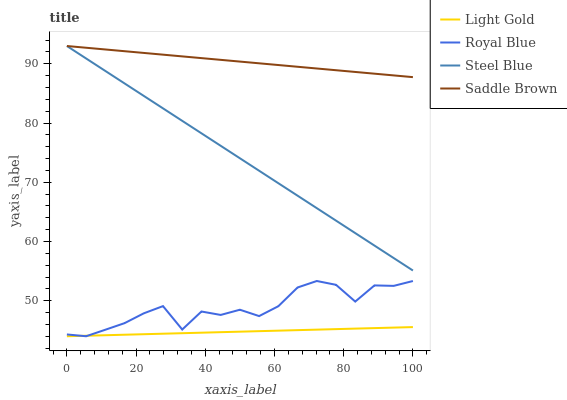
| xaxis_label | Light Gold | Royal Blue | Steel Blue | Saddle Brown |
 | --- | --- | --- | --- | --- |
 | 0 | 44 | 44.3 | 93 | 93 |
 | 5.56 | 44.1 | 44 | 90.9 | 92.7 |
 | 11.1 | 44.2 | 45.1 | 88.8 | 92.4 |
 | 16.7 | 44.3 | 46.2 | 86.7 | 92.1 |
 | 22.2 | 44.3 | 47.9 | 84.6 | 91.8 |
 | 27.8 | 44.4 | 49.1 | 82.5 | 91.5 |
 | 33.3 | 44.5 | 45.1 | 80.4 | 91.2 |
 | 38.9 | 44.6 | 48.2 | 78.3 | 91 |
 | 44.4 | 44.7 | 47.6 | 76.2 | 90.7 |
 | 50 | 44.8 | 48.5 | 74 | 90.4 |
 | 55.6 | 44.9 | 47.4 | 71.9 | 90.1 |
 | 61.1 | 44.9 | 49.1 | 69.8 | 89.8 |
 | 66.7 | 45 | 52.2 | 67.7 | 89.5 |
 | 72.2 | 45.1 | 53.3 | 65.6 | 89.2 |
 | 77.8 | 45.2 | 52.7 | 63.5 | 88.9 |
 | 83.3 | 45.3 | 49.9 | 61.4 | 88.6 |
 | 88.9 | 45.4 | 52.6 | 59.3 | 88.3 |
 | 94.4 | 45.5 | 52.5 | 57.2 | 88 |
 | 100 | 45.5 | 53.3 | 55.1 | 87.7 |